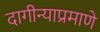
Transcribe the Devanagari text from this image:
दागीन्याप्रमाणे